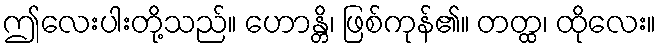
ဤလေးပါးတို့သည်။ ဟောန္တိ၊ ဖြစ်ကုန်၏။ တတ္ထ၊ ထိုလေး။